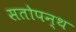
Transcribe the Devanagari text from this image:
सतोपन्थ